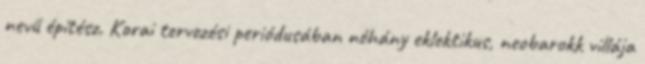
nevű építész. Korai tervezési periódusában néhány eklektikus, neobarokk villája